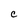
Character: C